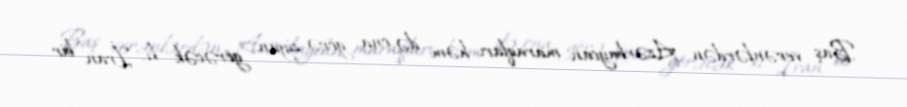
Baş verənlərdən Azərbaycan maraqları həm də ona görə ziyan görəcək ki, İran bir